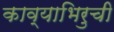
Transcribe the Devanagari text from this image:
काव्याभिरुची